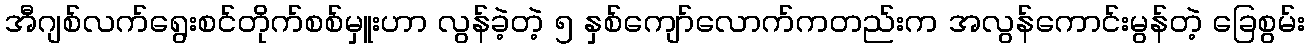
အီဂျစ်လက်ရွေးစင်တိုက်စစ်မှူးဟာ လွန်ခဲ့တဲ့ ၅ နှစ်ကျော်လောက်ကတည်းက အလွန်ကောင်းမွန်တဲ့ ခြေစွမ်း